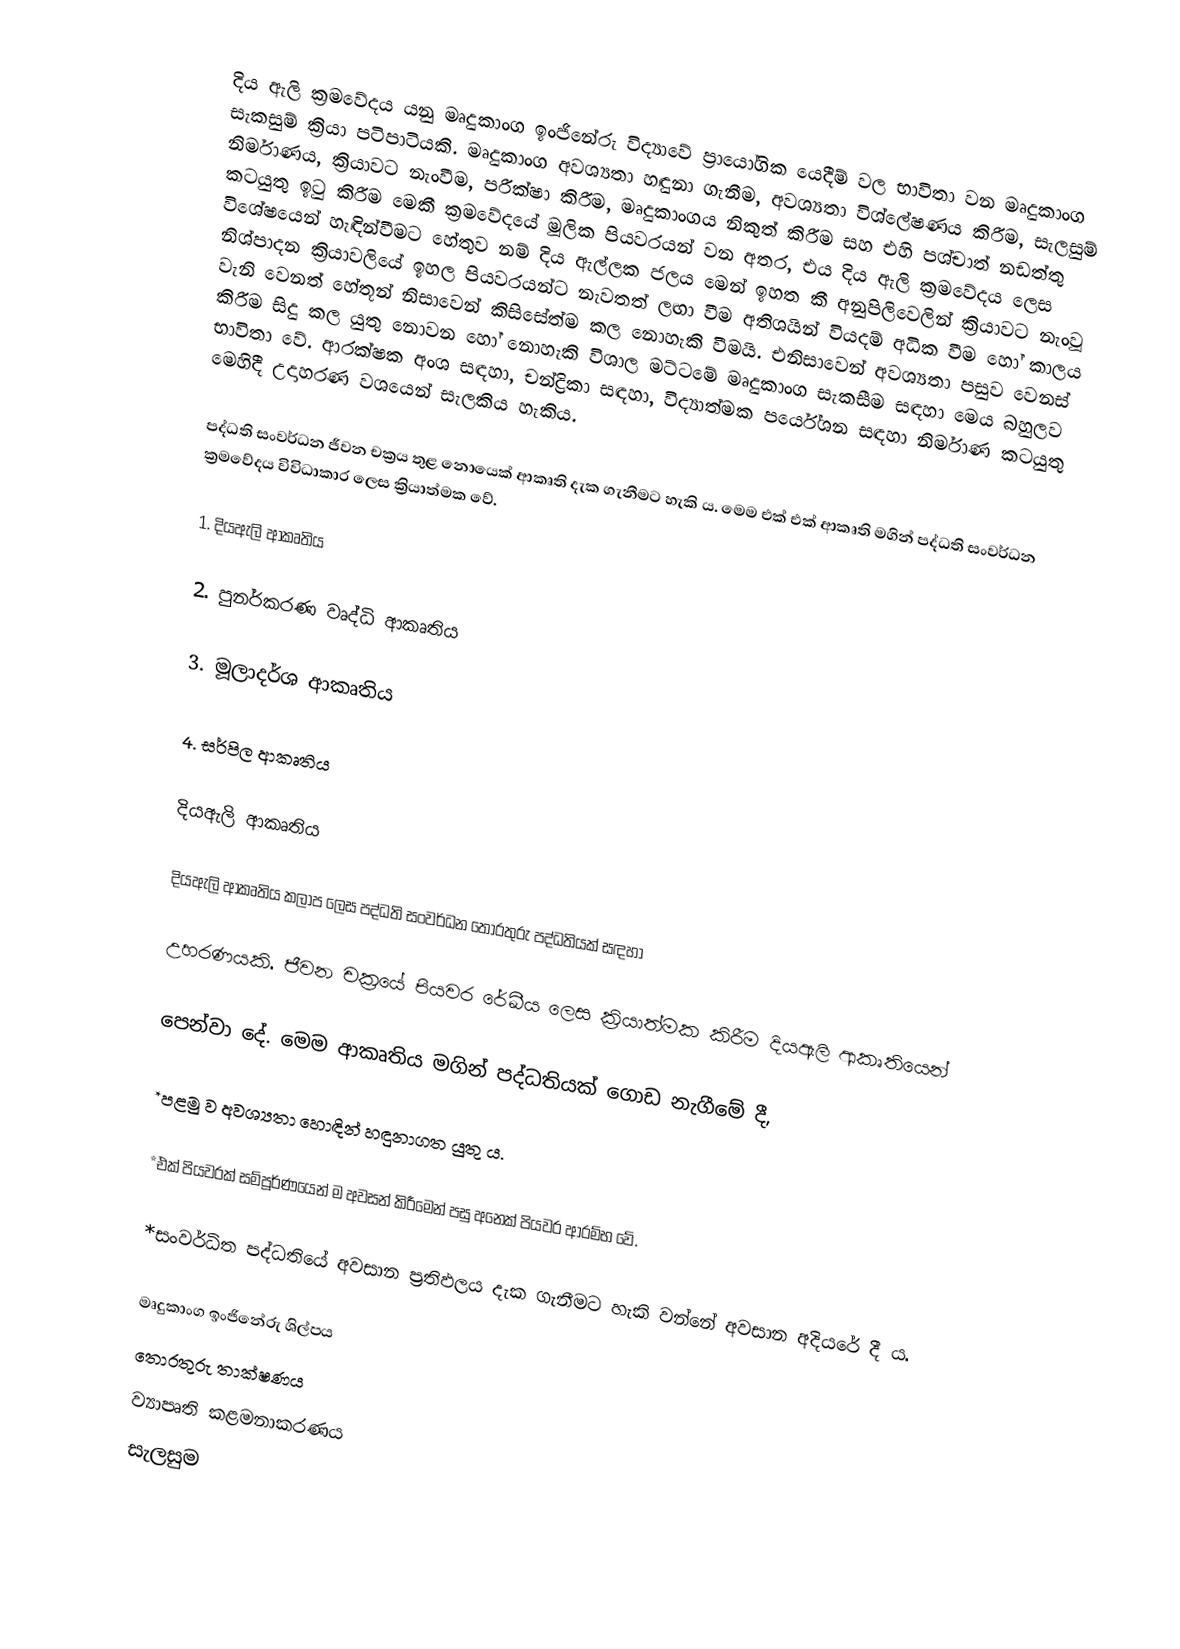
දිය ඇලි ක්‍රමවේදය යනු මෘදුකාංග ඉංජිනේරු විද්‍යාවේ ප්‍රායෝගික යෙදීම් වල භාවිතා වන මෘදුකාංග සැකසුම් ක්‍රියා පටිපාටියකි. මෘදුකාංග අවශ්‍යතා හඳුනා ගැනීම, අවශ්‍යතා විශ්ලේෂණය කිරීම, සැලසුම් නිර්මාණය, ක්‍රියාවට නැංවීම, පරීක්ෂා කිරීම, මෘදුකාංගය නිකුත් කිරීම සහ එහි පශ්චාත් නඩත්තු කටයුතු ඉ‍ටු කිරීම මෙකී ක්‍රමවේදයේ මූලික පියවරයන් වන අතර, එය දිය ඇලි ක්‍රමවේදය ලෙස විශේෂයෙන් හැඳින්වීමට හේතුව නම් දිය ඇල්ලක ජලය මෙන් ඉහත කී අනුපිලිවෙලින් ක්‍රියාවට නැංවූ නිශ්පාදන ක්‍රියාවලියේ ඉහල පියවරයන්ට නැවතත් ලඟා වීම අතිශයින් වියදම් අධික වීම හෝ කාලය වැනි වෙනත් හේතූන් නිසාවෙන් කිසිසේත්ම කල නොහැකි වීමයි. එනිසාවෙන් අවශ්‍යතා පසුව වෙනස් කිරීම සිදු කල යුතු නොවන හෝ නොහැකි විශාල මට්ටමේ මෘදුකාංග සැකසීම සඳහා මෙය බහුලව භාවිතා වේ. ආරක්ෂක අංශ සඳහා, චන්ද්‍රිකා සඳහා, විද්‍යාත්මක පර්යේශන සඳහා නිර්මාණ කටයුතු මෙහිදී උදාහරණ වශයෙන් සැලකිය හැකිය.

පද්ධති සංවර්ධන ජීවන චක්‍රය තුළ නොයෙක් ආකෘති දැක ගැනීමට හැකි ය. මෙම එක් එක් ආකෘති මගින් පද්ධති සංවර්ධන ක්‍රමවේදය විවිධාකාර ලෙස ක්‍රියාත්මක වේ. 

1. දියඇලි ආකෘතිය 

 2. පුනර්කරණ වෘද්ධි ආකෘතිය 

 3. මූලාදර්ශ ආකෘතිය

 4. සර්පිල ආකෘතිය

දියඇලි ආකෘතිය 

දියඇලි ආකෘතිය කලාප ලෙස පද්ධති සංවර්ධන තොරතුරු පද්ධතියක් සඳහා

උහරණයකි. ජීවන චක්‍රයේ පියවර රේඛීය ලෙස ක්‍රියාත්මක කිරීම දියඇලි ආකෘතියෙන්

පෙන්වා දේ. මෙම ආකෘතිය මගින් පද්ධතියක් ගොඩ නැගීමේ දී,

*පළමු ව අවශ්‍යතා හොඳින් හඳුනාගත යුතු ය.

*එක් පියවරක් සම්පූර්ණයෙන් ම අවසන් කිරීමෙන් පසු අනෙක් පියවර ආරම්භ වේ.

*සංවර්ධිත පද්ධතියේ අවසාන ප්‍රතිඵලය දැක ගැනීමට හැකි වන්නේ අවසාන අදියරේ දී ය.

මෘදුකාංග ඉංජිනේරු ශිල්පය
තොරතුරු තාක්ෂණය
ව්‍යාපෘති කළමනාකරණය
සැලසුම